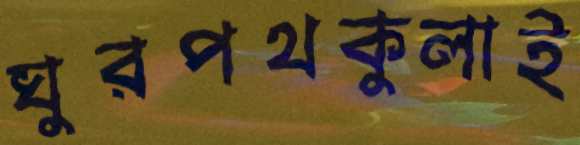
ঘুরপথকুলাই